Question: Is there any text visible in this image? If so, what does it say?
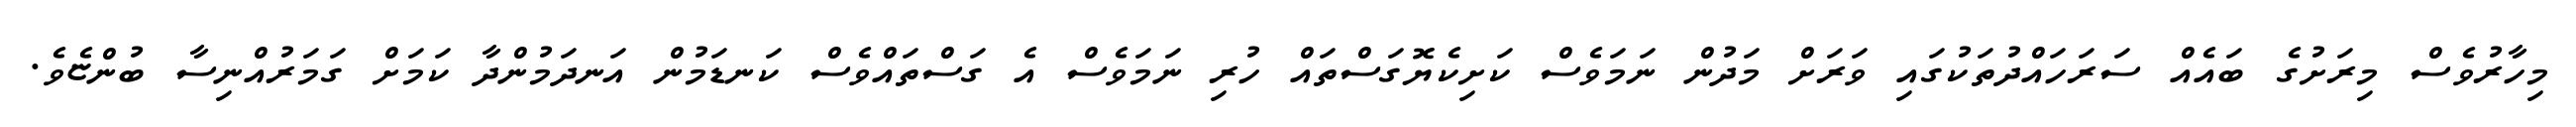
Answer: މިހާރުވެސް މިރަށުގެ ބައެއް ސަރަހައްދުތަކުގައި ވަރަށް މަދުން ނަމަވެސް ކަށިކެޔޮގަސްތައް ހުރި ނަމަވެސް އެ ގަސްތައްވެސް ކަނޑަމުން އަނދަމުންދާ ކަމަށް ގަމަރުއްނިސާ ބުންޏެވެ.